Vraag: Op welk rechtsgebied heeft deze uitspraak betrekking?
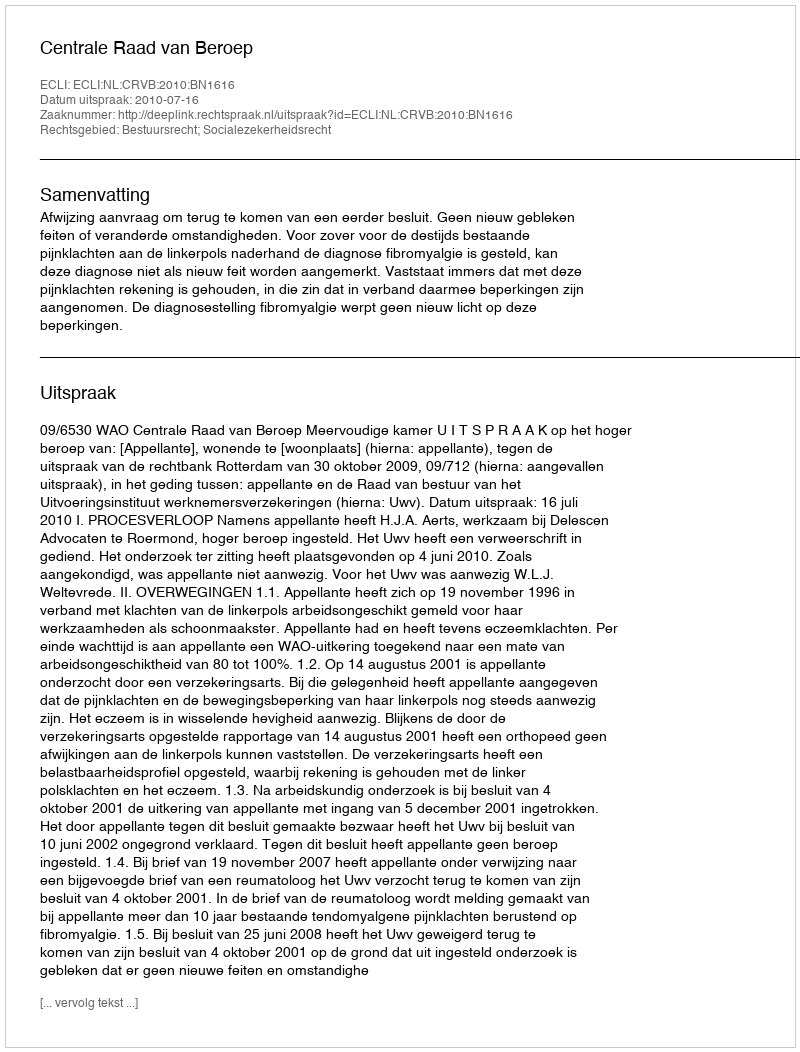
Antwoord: Bestuursrecht; Socialezekerheidsrecht